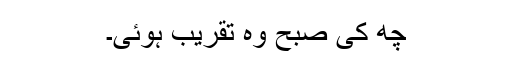
چھ کی صبح وہ تقریب ہوئی۔